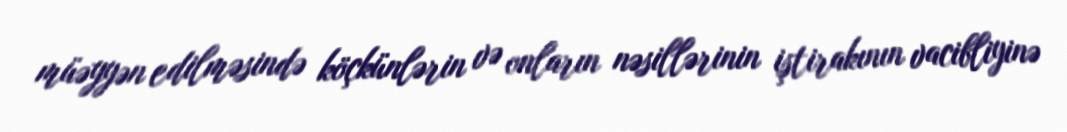
müəyyən edilməsində köçkünlərin və onların nəsillərinin iştirakının vacibliyinə